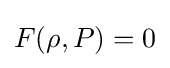
{\textstyle F(\rho ,P)=0}